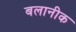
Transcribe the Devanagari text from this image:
बलानीक